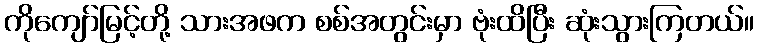
ကိုကျော်မြင့်တို့ သားအဖက စစ်အတွင်းမှာ ဗုံးထိပြီး ဆုံးသွားကြတယ်။